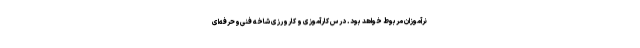
نرآموزان مربوط خواهد بود. درس کارآموزی و کارورزی شاخه فنی‌وحرفه‌ای